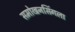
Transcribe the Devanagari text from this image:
समोखनसिंगला